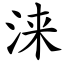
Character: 涞